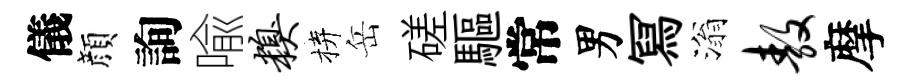
儀顔詢喩糗拚岳磋驅常男冩滃敖摩